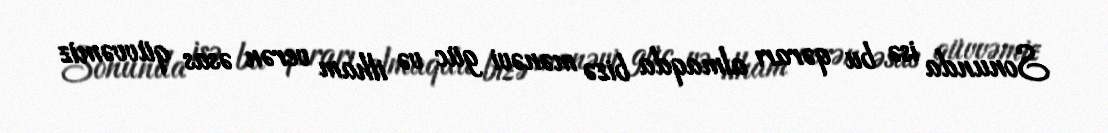
Sonunda isə bu qərarı almaqda bizə mənəvi güc və ilham verən əsas qüvvəmiz